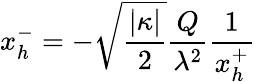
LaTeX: x_{h}^{-}=-\sqrt{\frac{|\kappa|}{2}}\frac{Q}{\lambda^{2}}\frac{1}{x_{h}^{+}}